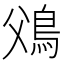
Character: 𩾿